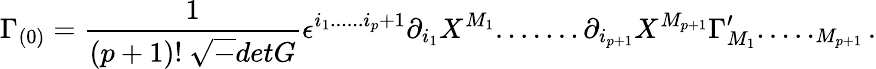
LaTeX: \Gamma_{(0)}={\frac{1}{(p+1)!~{\sqrt-detG}}}\epsilon^{i_{1}......i_{p}+1}\partial_{i_{1}}X^{M_{1}}.......\partial_{i_{p+1}}X^{M_{p+1}}\Gamma_{M_{1}}^{\prime}....._{M_{p+1}}.